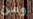
ومن